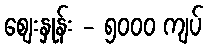
စျေးနှုန်း - ၅၀၀၀ ကျပ်